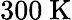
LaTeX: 300\ \mathrm{K}